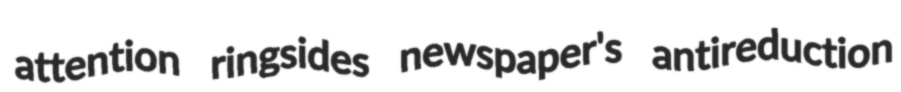
attention ringsides newspaper's antireduction